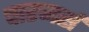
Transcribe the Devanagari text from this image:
चारजर्स